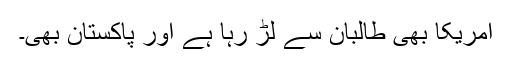
امریکا بھی طالبان سے لڑ رہا ہے اور پاکستان بھی۔